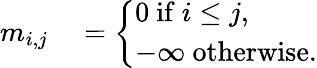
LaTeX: \begin{array}{rl}{m_{i,j}}&{{}=\left\{ \begin{array}{ll}{0\ \mathrm{if}\ i\leq j,}\\ {-\infty\ \mathrm{otherwise.}}\end{array}\right.}\end{array}